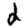
Digit: 2